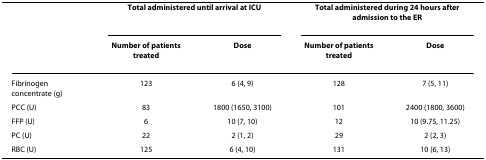
|  | <COLSPAN=2> Total administered until arrival at ICU | <COLSPAN=2> Total administered during 24 hours after admission to the ER |
 |  | Number of patients treated | Dose | Number of patients treated | Dose |
 | --- | --- | --- | --- | --- |
 | Fibrinogen concentrate (g) | 123 | 6 (4, 9) | 128 | 7 (5, 11) |
 | PCC (U) | 83 | 1800 (1650, 3100) | 101 | 2400 (1800, 3600) |
 | FFP (U) | 6 | 10 (7, 10) | 12 | 10 (9.75, 11.25) |
 | PC (U) | 22 | 2 (1, 2) | 29 | 2 (2, 3) |
 | RBC (U) | 125 | 6 (4, 10) | 131 | 10 (6, 13) |